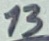
Text: 13